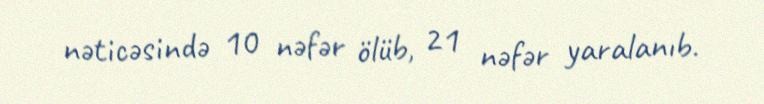
nəticəsində 10 nəfər ölüb, 21 nəfər yaralanıb.